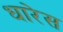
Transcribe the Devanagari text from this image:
धारेस